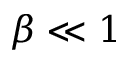
\beta \ll 1